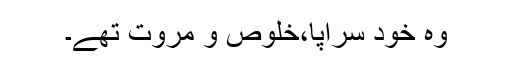
وہ خود سراپا،خلوص و مروت تھے۔